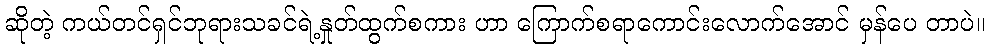
ဆိုတဲ့ ကယ်တင်ရှင်ဘုရားသခင်ရဲ့နှုတ်ထွက်စကား ဟာ ကြောက်စရာကောင်းလောက်အောင် မှန်ပေ တာပဲ။